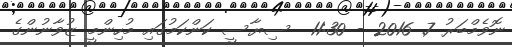
ނޮވެމްބަރު 7